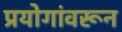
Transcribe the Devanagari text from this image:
प्रयोगांवरून